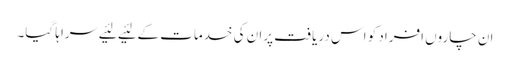
ان چاروں‌ افراد کو اس دریافت پران کی خدمات کے لئیے لئیے سراہا گیا۔